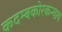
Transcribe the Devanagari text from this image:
कदम्बकोरकन्याय